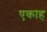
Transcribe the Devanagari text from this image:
एकाह